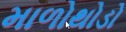
માળોથોડો